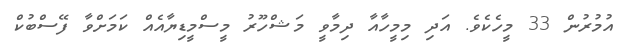
އުމުރުން 33 މީހެކެވެ. އަދި މިމީހާއާ ދިމާވީ މަޝްހޫރު މީސްމީޑިޔާއެއް ކަމަށްވާ ފޭސްބުކް